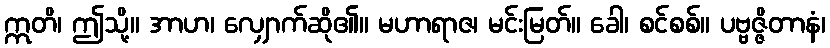
ဣတိ၊ ဤသို့။ အာဟ၊ လျှောက်ဆို၏။ မဟာရာဇ၊ မင်းမြတ်။ ခေါ၊ စင်စစ်။ ပဗ္ဗဇ္ဇိတာနံ၊